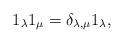
LaTeX: \begin{align*}1_\lambda 1_\mu = \delta_{\lambda,\mu}1_\lambda,\end{align*}